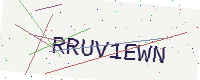
Text: RRUV1EWN